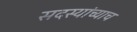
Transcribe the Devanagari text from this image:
सदस्यांच्याच